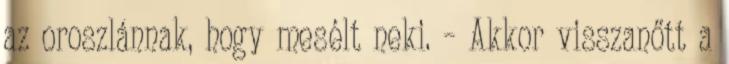
az oroszlánnak, hogy mesélt neki. – Akkor visszanőtt a